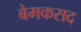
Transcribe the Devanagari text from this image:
बेमकसद